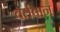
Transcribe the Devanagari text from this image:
वर्तवान